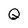
Character: Q